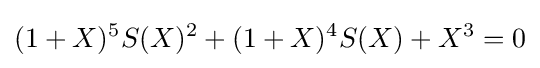
(1+X)^{5}S(X)^{2}+(1+X)^{4}S(X)+X^{3}=0